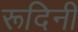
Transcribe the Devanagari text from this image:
रूदिनी